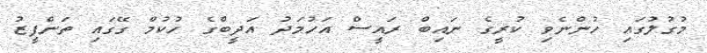
މުުގުލުގައި ހުންނެވި ކުރީގެ ނައިބް ރައީސް އަހުމަދު އަދީބްގެ ހުކުމް ގޭގައި ތަންފީޒު